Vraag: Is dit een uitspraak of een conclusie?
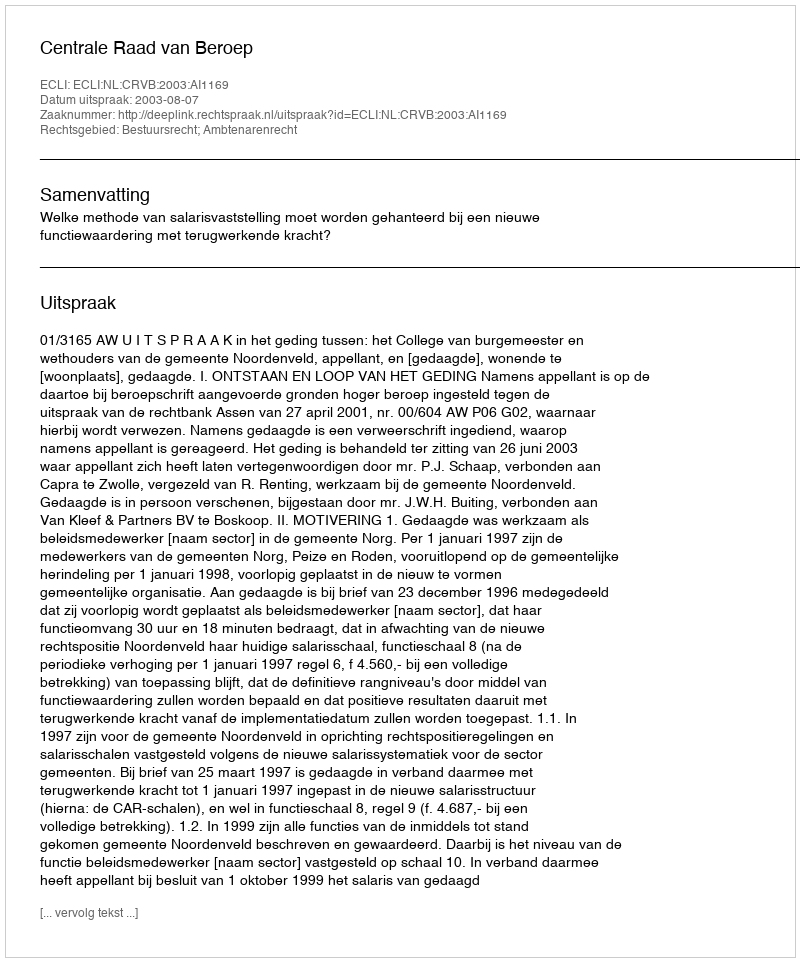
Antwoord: Uitspraak